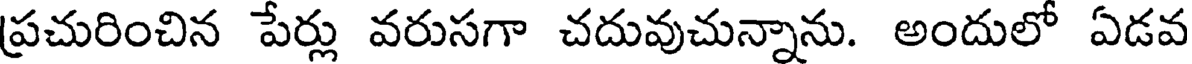
ప్రచురించిన పేర్లు వరుసగా చదువుచున్నాను. అందులో ఏడవ